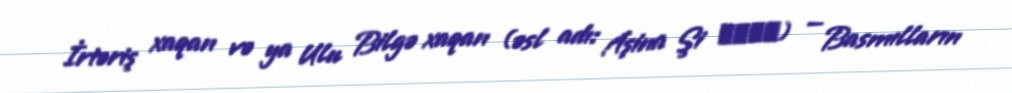
İrtəriş xaqan və ya Ulu Bilgə xaqan (əsl adı: Aşina Şi 阿史那施) — Basmılların